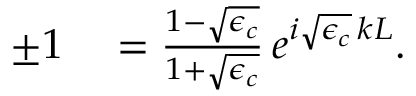
\begin{array} { r l } { \pm 1 } & { { } = \frac { 1 - \sqrt { \epsilon _ { c } } } { 1 + \sqrt { \epsilon _ { c } } } \, e ^ { i \sqrt { \epsilon _ { c } } \, k L } . } \end{array}